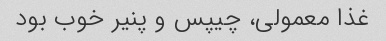
غذا معمولی، چیپس و پنیر خوب بود